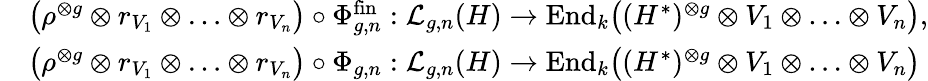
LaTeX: \begin{array}{rl}&{\bigl(\rho^{\otimes g}\otimes r_{V_{1}}\otimes\ldots\otimes r_{V_{n}}\bigr)\circ\Phi_{g,n}^{\mathrm{fin}}:\mathcal{L}_{g,n}(H)\to\mathrm{End}_{k}\bigl((H^{*})^{\otimes g}\otimes V_{1}\otimes\ldots\otimes V_{n}\bigr),}\\ &{\bigl(\rho^{\otimes g}\otimes r_{V_{1}}\otimes\ldots\otimes r_{V_{n}}\bigr)\circ\Phi_{g,n}:\mathcal{L}_{g,n}(H)\to\mathrm{End}_{k}\bigl((H^{*})^{\otimes g}\otimes V_{1}\otimes\ldots\otimes V_{n}\bigr)}\end{array}